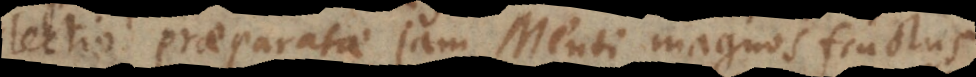
io praeparatae jam Menti magnos fructus